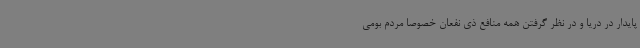
پایدار در دریا و در نظر گرفتن همه منافع ذی نفعان خصوصاً مردم بومی